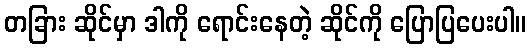
တခြား ဆိုင်မှာ ဒါကို ရောင်းနေတဲ့ ဆိုင်ကို ပြောပြပေးပါ။